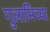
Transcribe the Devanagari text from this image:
गुलामिच्या